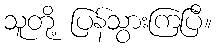
သူတို့ ပြန်သွားကြပြီ။